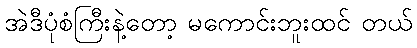
အဲဒီပုံစံကြီးနဲ့တော့ မကောင်းဘူးထင် တယ်